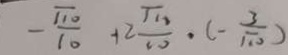
- \frac { \sqrt { 1 0 } } { 1 0 } + 2 \frac { \sqrt { 1 0 } } { 1 0 } \cdot ( - \frac { 3 } { \sqrt { 1 0 } } )